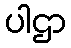
ပါဌာ